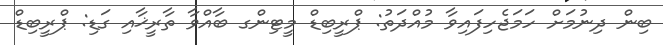
ބިން ދިނުމަށް ހަމަޖެހިފައިވާ މުއްދަތު: ޕްރީބިޑް މީޓިންގ ބާއްވާ ތާރީޚާއި ގަޑި: ޕްރީބިޑް